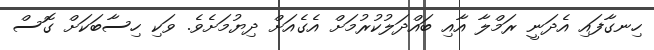
ހިނގާފައި އެދަނީ ރަމްލާ އާއި ބައްދަލުކުރުމަށް އެގެއަށް ދިޔުމަށެވެ. ވަކި ހިސާބަކަށް ގޮސް